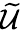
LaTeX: \widetilde{\mathcal{U}}